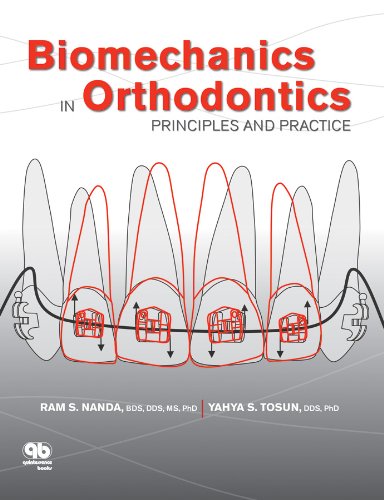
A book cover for Biomechanics in Orthodontics: Principles and Practice; Ram S. Nanda; Medical Books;